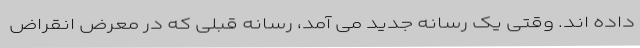
داده اند. وقتی یک رسانه جدید می آمد، رسانه قبلی که در معرض انقراض